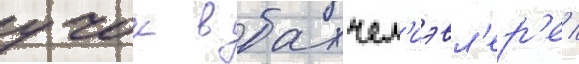
учок в бахчел'иэвл'ер'е /